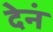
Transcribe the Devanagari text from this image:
देनं